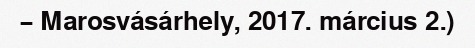
– Marosvásárhely, 2017. március 2.)